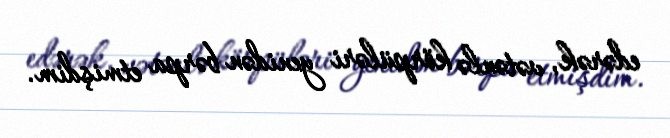
edərək, vətənlə körpüləri yenidən bərpa etmişdim.